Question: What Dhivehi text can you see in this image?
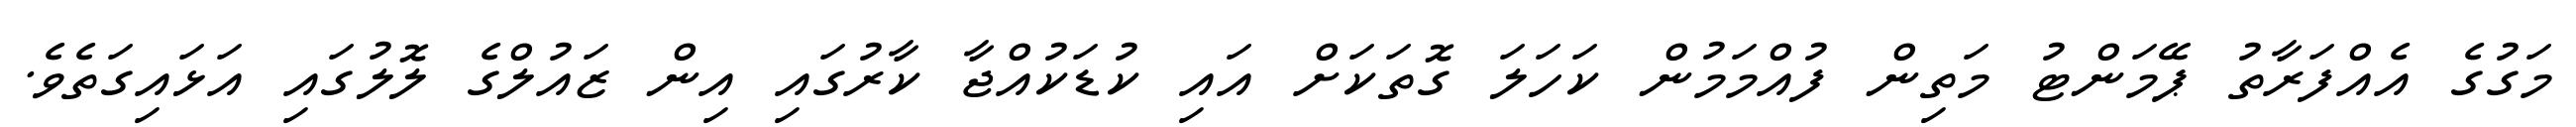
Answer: މަގުގެ އެއްފަރާތު ޕޭމަންޓު މަތިން ފުއްމަމުން ކަހަލަ ގޮތަކަށް އައި ކުޑަކުއްޖާ ކާރުގައި އިން ޒައުލްގެ ލޮލުގައި އަޅައިގަތެވެ.